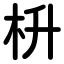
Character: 枡